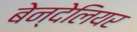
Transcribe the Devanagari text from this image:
बेन्देलियर